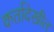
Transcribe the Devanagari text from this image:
कर्तादेखील